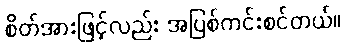
စိတ်အားဖြင့်လည်း အပြစ်ကင်းစင်တယ်။